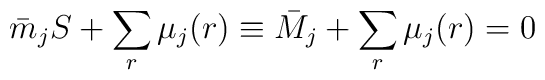
\bar{ m}_j S + \sum_r \mu_j ( r ) \equiv \bar{M}_j + \sum_r \mu_j ( r ) = 0